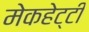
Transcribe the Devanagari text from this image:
मेकहेट्टी